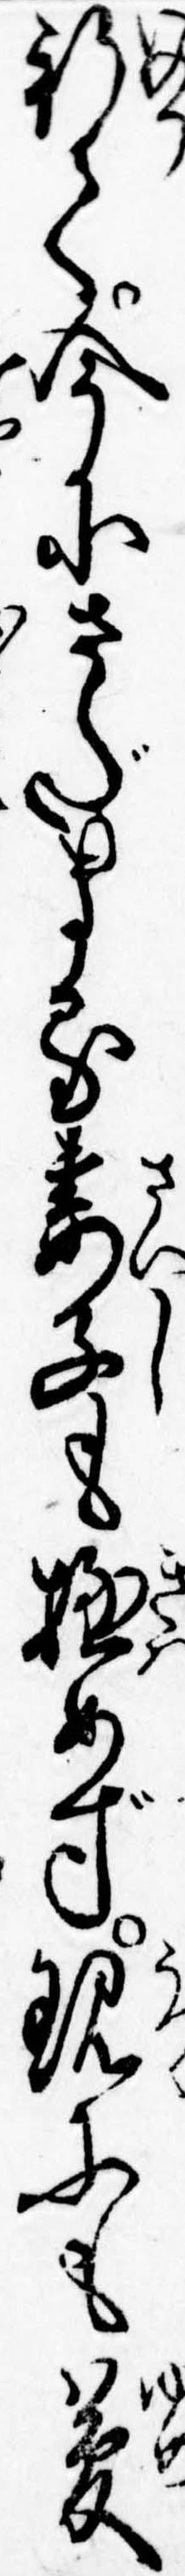
祈て今にさだまる妻子も極めず現にも夢